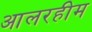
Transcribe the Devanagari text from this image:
आलरहीम